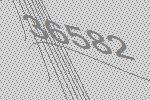
36582